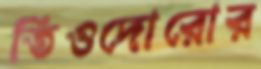
তিওদোরোর